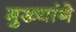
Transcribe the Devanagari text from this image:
मुख्यांगे